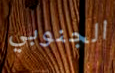
الجنوبي